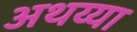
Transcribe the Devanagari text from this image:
अथय्या